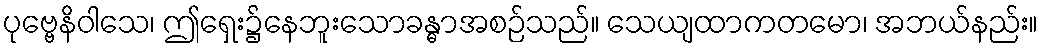
ပုဗ္ဗေနိဝါသေ၊ ဤရှေး၌နေဘူးသောခန္ဓာအစဉ်သည်။ သေယျထာကတမော၊ အဘယ်နည်း။